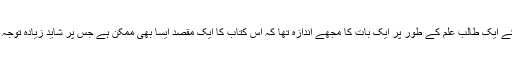
تاہم نفسیات کے ایک طالب علم کے طور پر ایک بات کا مجھے اندازہ تھا کہ اس کتاب کا ایک مقصد ایسا بھی ممکن ہے جس پر شاید زیادہ توجہ نہ دی جائے۔